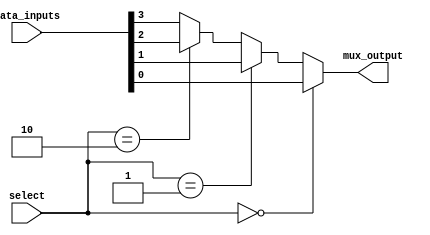
module mux_4x1 (
    input wire [3:0] data_inputs,
    input wire [1:0] select,
    output wire mux_output
);

assign mux_output = (select == 2'b00) ? data_inputs[0] : (select == 2'b01) ? data_inputs[1] : (select == 2'b10) ? data_inputs[2] : data_inputs[3];

endmodule